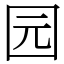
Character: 园